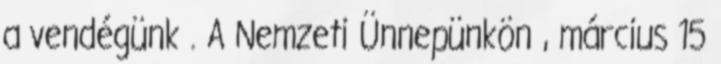
a vendégünk . A Nemzeti Ünnepünkön , március 15